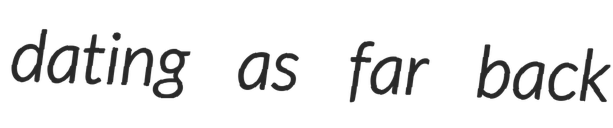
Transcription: dating as far back